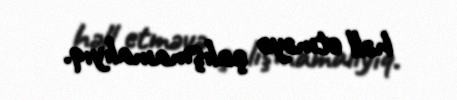
həll etməyə çalışmamalıyıq.